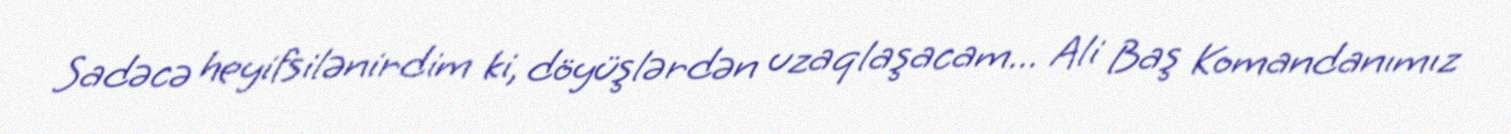
Sadəcə heyifsilənirdim ki, döyüşlərdən uzaqlaşacam... Ali Baş Komandanımız